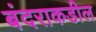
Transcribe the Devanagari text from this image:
बंदराकडील